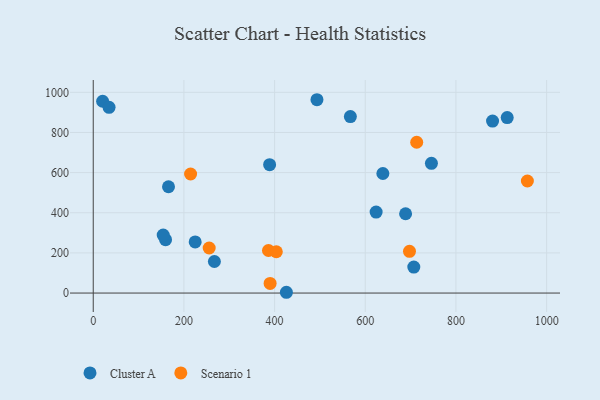
{"axis": {"x": "Study Hours", "y": "Salary"}, "legend": ["Cluster A", "Scenario 1"], "data": [{"x": "224.8", "y": 254.5, "type": "Cluster A"}, {"x": "159.5", "y": 265.7, "type": "Cluster A"}, {"x": "426.0", "y": 3.9, "type": "Cluster A"}, {"x": "154.3", "y": 288.9, "type": "Cluster A"}, {"x": "913.0", "y": 874.0, "type": "Cluster A"}, {"x": "267.2", "y": 157.1, "type": "Cluster A"}, {"x": "20.7", "y": 955.6, "type": "Cluster A"}, {"x": "638.8", "y": 595.7, "type": "Cluster A"}, {"x": "745.9", "y": 646.3, "type": "Cluster A"}, {"x": "880.7", "y": 856.9, "type": "Cluster A"}, {"x": "34.9", "y": 925.0, "type": "Cluster A"}, {"x": "166.0", "y": 529.6, "type": "Cluster A"}, {"x": "389.0", "y": 639.5, "type": "Cluster A"}, {"x": "707.0", "y": 129.4, "type": "Cluster A"}, {"x": "688.9", "y": 395.1, "type": "Cluster A"}, {"x": "493.4", "y": 963.1, "type": "Cluster A"}, {"x": "623.9", "y": 403.5, "type": "Cluster A"}, {"x": "567.1", "y": 879.4, "type": "Cluster A"}, {"x": "957.5", "y": 558.3, "type": "Scenario 1"}, {"x": "386.5", "y": 211.9, "type": "Scenario 1"}, {"x": "390.1", "y": 48.2, "type": "Scenario 1"}, {"x": "214.7", "y": 593.2, "type": "Scenario 1"}, {"x": "403.8", "y": 205.9, "type": "Scenario 1"}, {"x": "255.7", "y": 224.5, "type": "Scenario 1"}, {"x": "713.4", "y": 751.2, "type": "Scenario 1"}, {"x": "697.5", "y": 208.0, "type": "Scenario 1"}]}